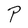
Character: P